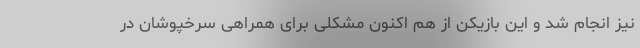
نیز انجام شد و این بازیکن از هم اکنون مشکلی برای همراهی سرخپوشان در